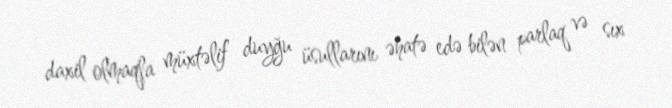
daxil olmaqla müxtəlif duyğu üsullarını əhatə edə bilən parlaq və sıx